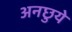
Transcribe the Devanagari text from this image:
अनछुये